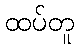
ထပ်တူ